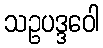
သဥပဒ္ဒဝေါ